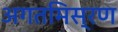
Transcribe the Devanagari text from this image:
अगतमिस्रण